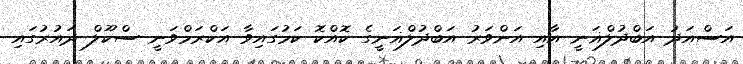
އަސްއަދު އަބްދުލްޣަނީ އާއި އަންވަރު އަބްދުލްޣަނީގެ ކޮއްކޮ ކަމުގައިވާ އަކްރަމްވަނީ ސްކޫލް ދައުރުގައި